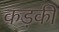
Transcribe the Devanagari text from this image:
कड़की